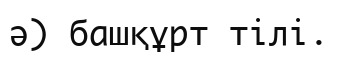
ә) башқұрт тілі.